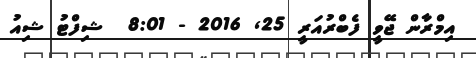
އިމްރާން ޖޭވީ ފެބްރުއަރީ 25